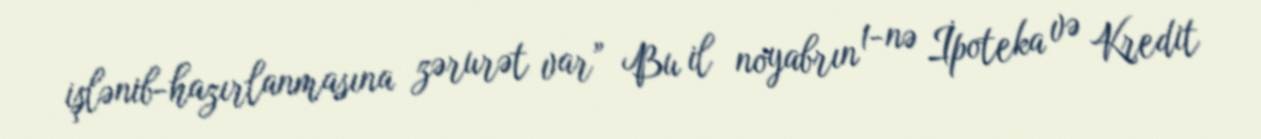
işlənib-hazırlanmasına zərurət var” Bu il noyabrın 1-nə İpoteka və Kredit